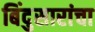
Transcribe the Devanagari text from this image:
बिंदुसारांचा